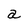
Character: a